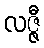
လဇ္ဇီ